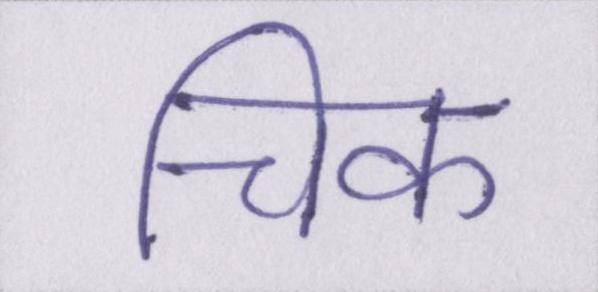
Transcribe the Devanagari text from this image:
चिक